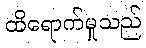
ထိရောက်မှုသည်